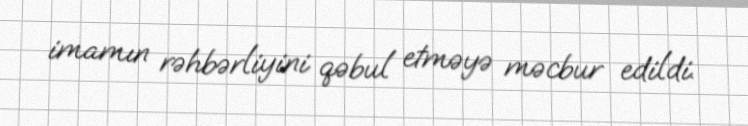
imamın rəhbərliyini qəbul etməyə məcbur edildi.